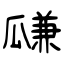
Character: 㼓